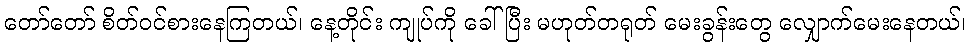
တော်တော် စိတ်ဝင်စားနေကြတယ်၊ နေ့တိုင်း ကျုပ်ကို ခေါ်ပြီး မဟုတ်တရုတ် မေးခွန်းတွေ လျှောက်မေးနေတယ်၊